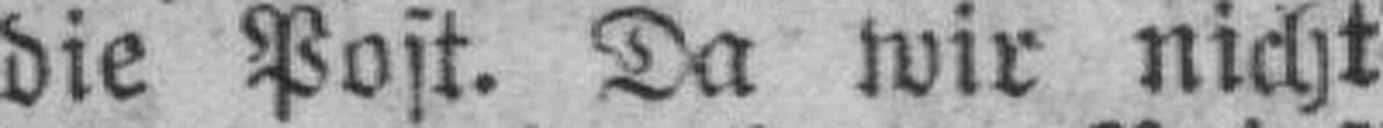
die Post. Da wir nicht